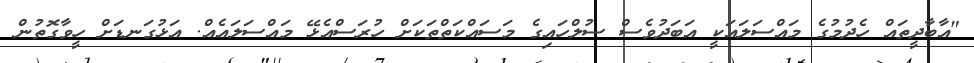
"އާބާދީތައް ހެދުމުގެ މައްސަލައަކީ އަބަދުވެސް ސުލްހައިގެ މަސައްކަތްތަކަށް ހުރަސްއެޅޭ މައްސަލައެއް. އަޅުގަނޑަށް ހީވާގޮތުން